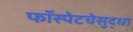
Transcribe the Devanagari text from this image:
फॉस्पेटचेसुद्धा